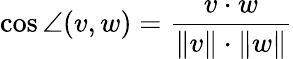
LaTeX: \cos\angle(v,w)={\frac{v\cdot w}{\| v\| \cdot\| w\| }}